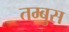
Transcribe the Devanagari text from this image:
तम्बुस